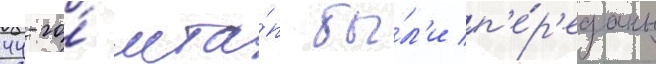
44-го́ мта́п бы́л'и п'е́р'еданы